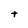
Character: t